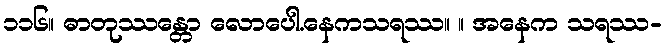
၁၁၆။ ဓာတုဿန္တော လောပေါ.နေကသရဿ။ ။ အနေက သရဿ-